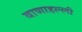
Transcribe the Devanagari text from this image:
बाणाहल्ली